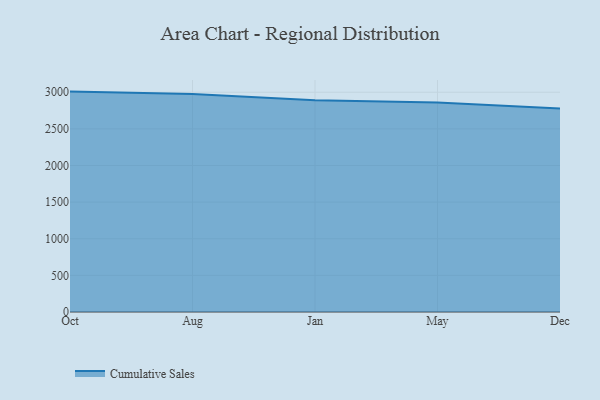
{"axis": {"x": "Month", "y": "Operating Costs (USD K)"}, "legend": ["Cumulative Sales"], "data": [{"x": "Oct", "y": 3008.7, "type": "Cumulative Sales"}, {"x": "Aug", "y": 2976.7, "type": "Cumulative Sales"}, {"x": "Jan", "y": 2890.8, "type": "Cumulative Sales"}, {"x": "May", "y": 2859.0, "type": "Cumulative Sales"}, {"x": "Dec", "y": 2779.5, "type": "Cumulative Sales"}]}